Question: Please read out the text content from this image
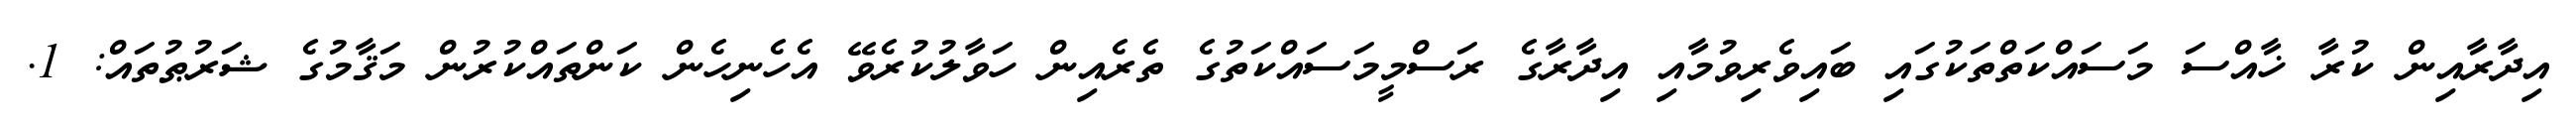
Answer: އިދާރާއިން ކުރާ ޚާއްސަ މަސައްކަތްތަކުގައި ބައިވެރިވުމާއި އިދާރާގެ ރަސްމީމަސައްކަތުގެ ތެރެއިން ހަވާލުކުރެވޭ އެހެނިހެން ކަންތައްކުރުން މަޤާމުގެ ޝަރުޠުތައް: 1.